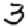
Digit: 3